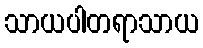
သာယပါတရာသာယ